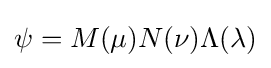
\psi =M(\mu )N(\nu )\Lambda (\lambda )